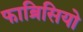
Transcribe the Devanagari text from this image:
फाब्रिसियो